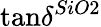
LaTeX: \tan\! \delta^{SiO2}